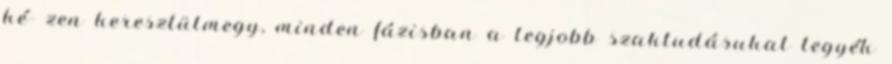
ké- zen keresztülmegy, minden fázisban a legjobb szaktudásukat tegyék